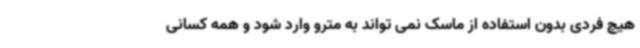
هیچ فردی بدون استفاده از ماسک نمی تواند به مترو وارد شود و همه کسانی